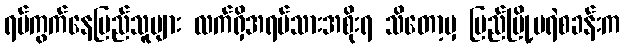
ရပ်ကွက်နေပြည်သူများ လက်ရှိအရပ်သားအစိုးရ သိတော့မှ ပြည်မြို့မရဲစခန်းက